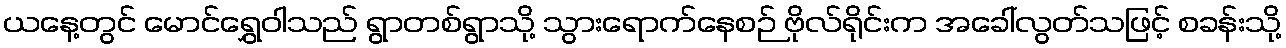
ယနေ့တွင် မောင်ရွှေဝါသည် ရွာတစ်ရွာသို့ သွားရောက်နေစဉ် ဗိုလ်ရိုင်းက အခေါ်လွတ်သဖြင့် စခန်းသို့